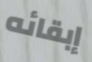
إبقائه